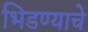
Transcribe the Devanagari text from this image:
भिडण्याचे